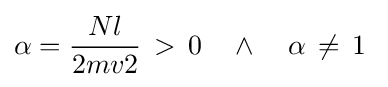
\alpha ={\frac {Nl}{2mv2}}\,>\,0\ \ \ \wedge \ \ \ \alpha \,\neq \,1\